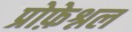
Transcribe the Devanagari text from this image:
प्रोफ़ेश्नल